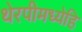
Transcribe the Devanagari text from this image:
थेरपीमध्येहि